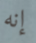
إنه